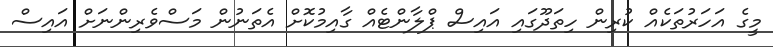
މީގެ އަހަރުތަކެއް ކުރިން ހިތަދޫގައި އައިސް ޕްލާންޓެއް ގާއިމުކޮށް އެތަނުން މަސްވެރިންނަށް އައިސް